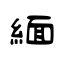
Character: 緬